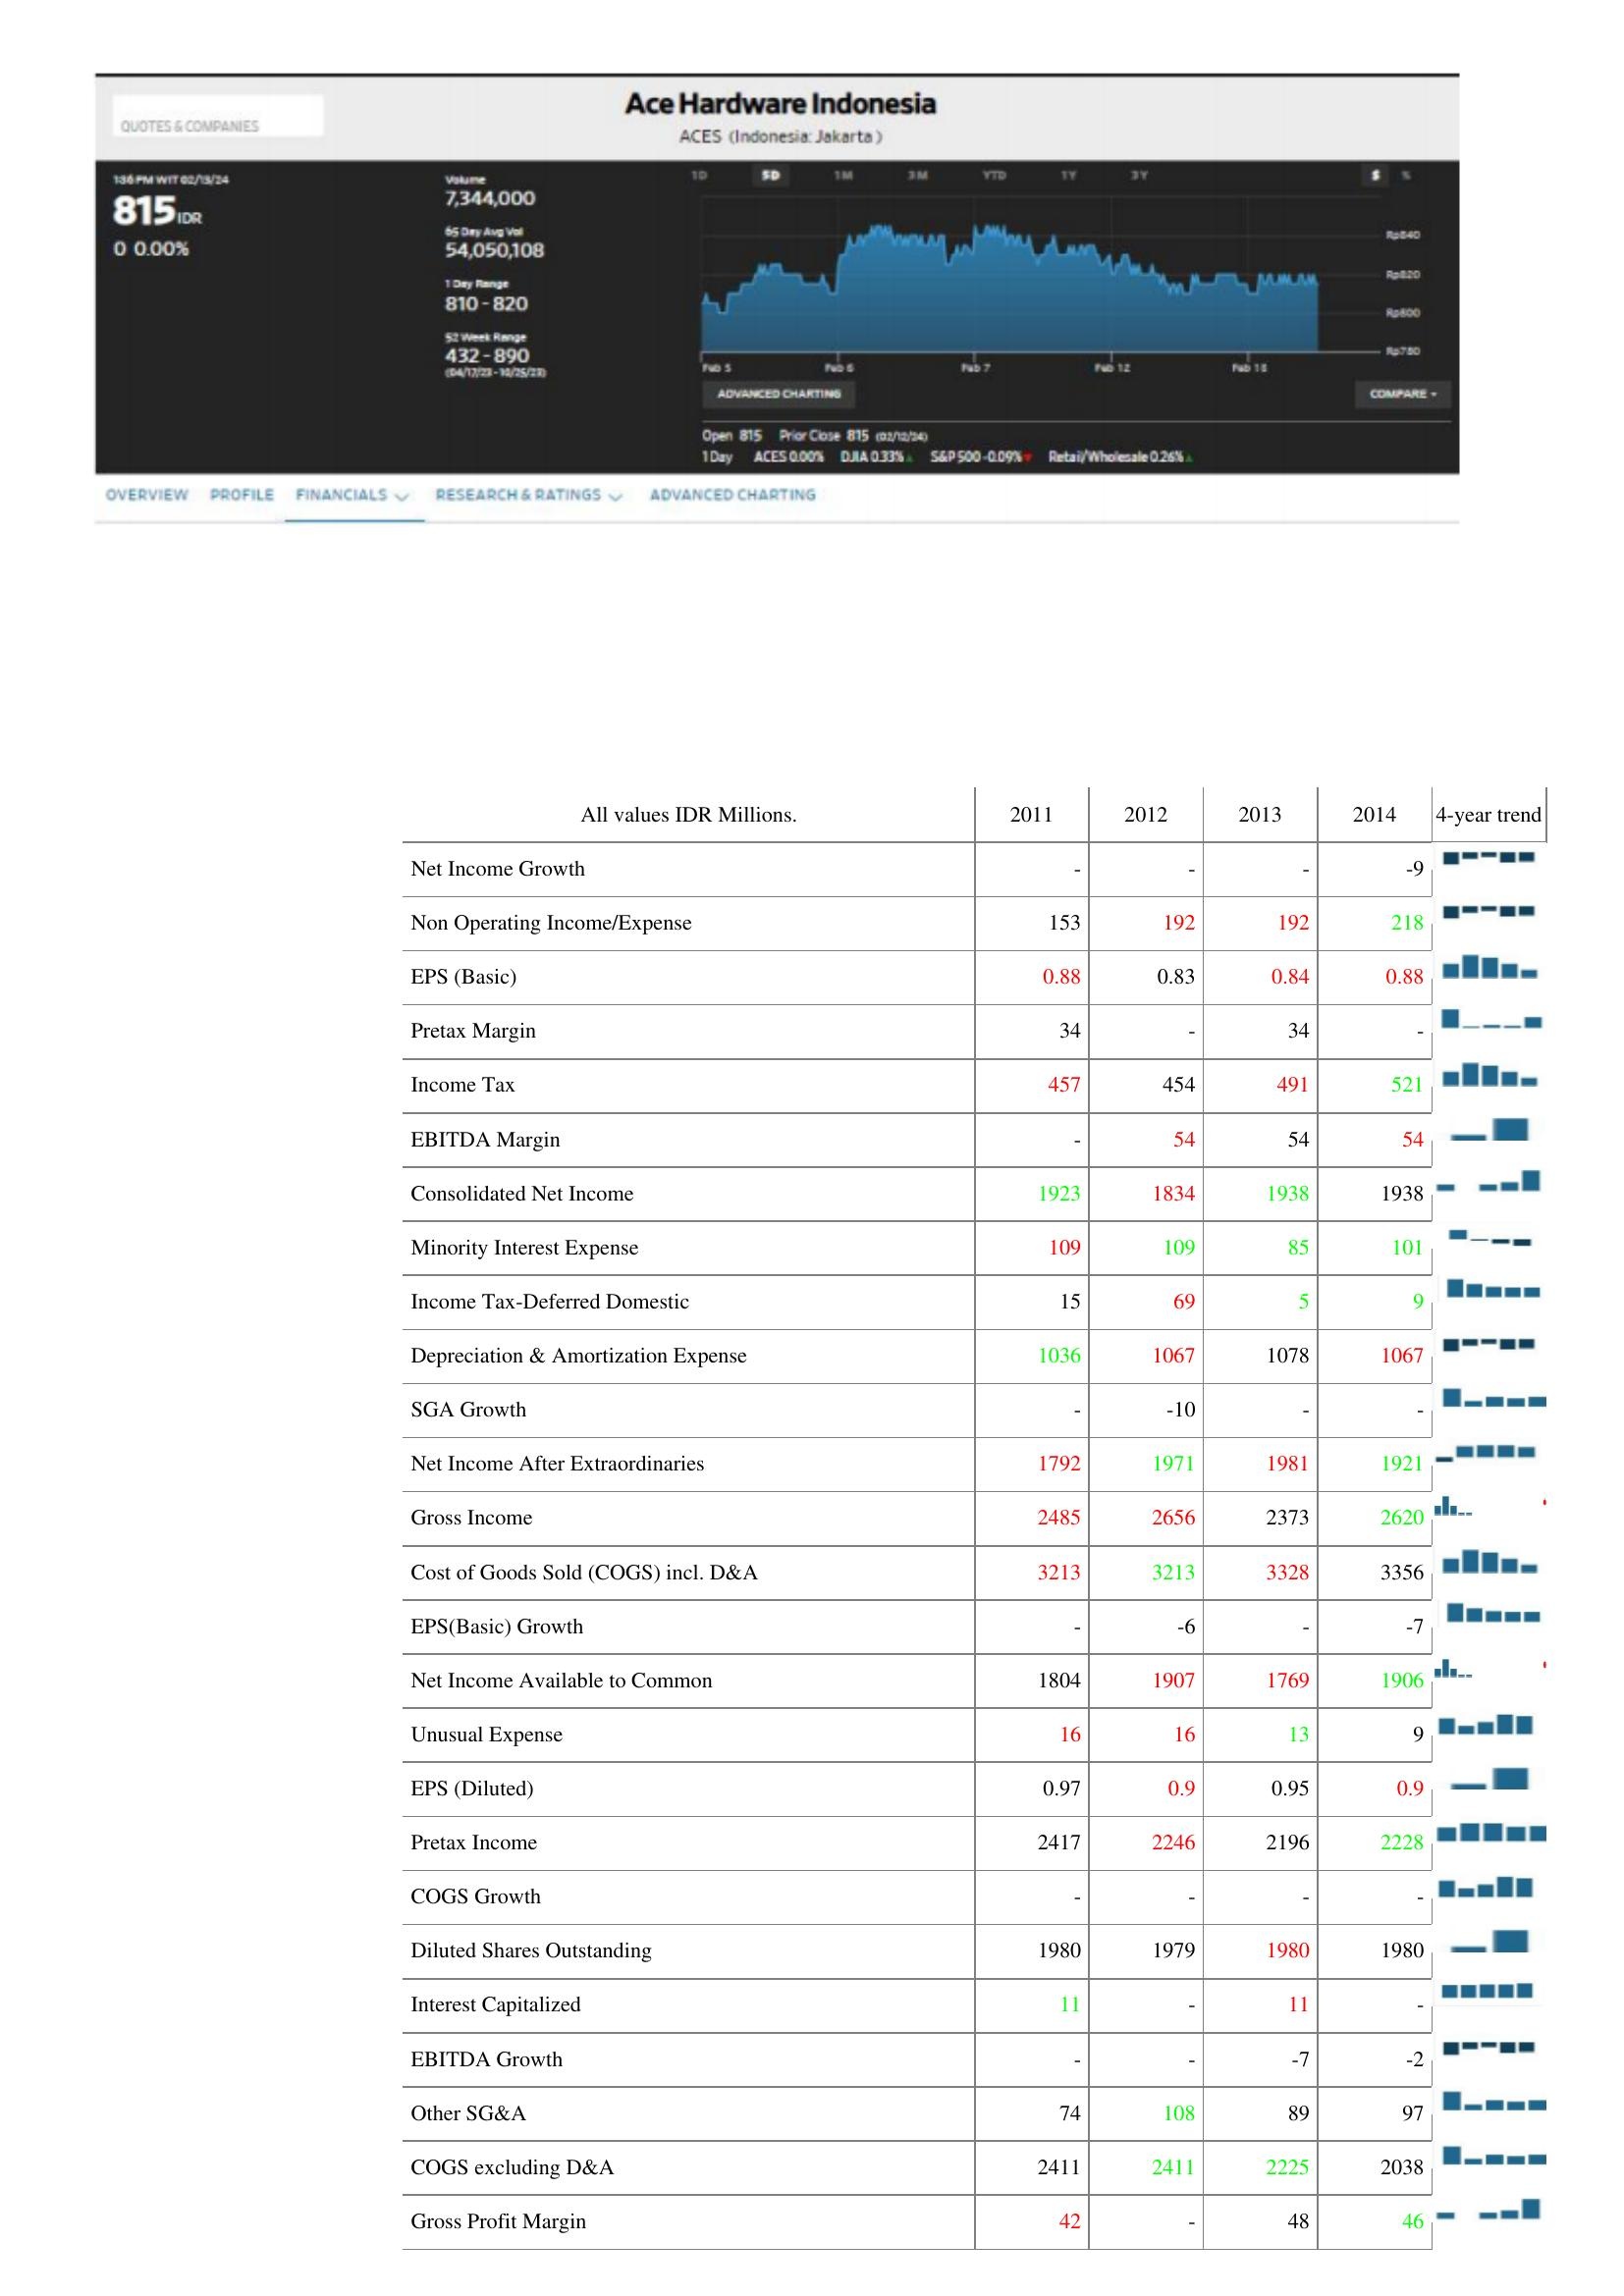
2011: : Net Income Growth: -
Non Operating Income/Expense: 153
EPS (Basic): 0.88
Pretax Margin: 34
Income Tax: 457
EBITDA Margin: -
Consolidated Net Income: 1923
Minority Interest Expense: 109
Income Tax-Deferred Domestic: 15
Depreciation & Amortization Expense: 1036
SGA Growth: -
Net Income After Extraordinaries: 1792
Gross Income: 2485
Cost of Goods Sold (COGS) incl. D&A: 3213
EPS(Basic) Growth: -
Net Income Available to Common: 1804
Unusual Expense: 16
EPS (Diluted): 0.97
Pretax Income: 2417
COGS Growth: -
Diluted Shares Outstanding: 1980
Interest Capitalized: 11
EBITDA Growth: -
Other SG&A: 74
COGS excluding D&A: 2411
Gross Profit Margin: 42
2012: : Net Income Growth: -
Non Operating Income/Expense: 192
EPS (Basic): 0.83
Pretax Margin: -
Income Tax: 454
EBITDA Margin: 54
Consolidated Net Income: 1834
Minority Interest Expense: 109
Income Tax-Deferred Domestic: 69
Depreciation & Amortization Expense: 1067
SGA Growth: -10
Net Income After Extraordinaries: 1971
Gross Income: 2656
Cost of Goods Sold (COGS) incl. D&A: 3213
EPS(Basic) Growth: -6
Net Income Available to Common: 1907
Unusual Expense: 16
EPS (Diluted): 0.9
Pretax Income: 2246
COGS Growth: -
Diluted Shares Outstanding: 1979
Interest Capitalized: -
EBITDA Growth: -
Other SG&A: 108
COGS excluding D&A: 2411
Gross Profit Margin: -
2013: : Net Income Growth: -
Non Operating Income/Expense: 192
EPS (Basic): 0.84
Pretax Margin: 34
Income Tax: 491
EBITDA Margin: 54
Consolidated Net Income: 1938
Minority Interest Expense: 85
Income Tax-Deferred Domestic: 5
Depreciation & Amortization Expense: 1078
SGA Growth: -
Net Income After Extraordinaries: 1981
Gross Income: 2373
Cost of Goods Sold (COGS) incl. D&A: 3328
EPS(Basic) Growth: -
Net Income Available to Common: 1769
Unusual Expense: 13
EPS (Diluted): 0.95
Pretax Income: 2196
COGS Growth: -
Diluted Shares Outstanding: 1980
Interest Capitalized: 11
EBITDA Growth: -7
Other SG&A: 89
COGS excluding D&A: 2225
Gross Profit Margin: 48
2014: : Net Income Growth: -9
Non Operating Income/Expense: 218
EPS (Basic): 0.88
Pretax Margin: -
Income Tax: 521
EBITDA Margin: 54
Consolidated Net Income: 1938
Minority Interest Expense: 101
Income Tax-Deferred Domestic: 9
Depreciation & Amortization Expense: 1067
SGA Growth: -
Net Income After Extraordinaries: 1921
Gross Income: 2620
Cost of Goods Sold (COGS) incl. D&A: 3356
EPS(Basic) Growth: -7
Net Income Available to Common: 1906
Unusual Expense: 9
EPS (Diluted): 0.9
Pretax Income: 2228
COGS Growth: -
Diluted Shares Outstanding: 1980
Interest Capitalized: -
EBITDA Growth: -2
Other SG&A: 97
COGS excluding D&A: 2038
Gross Profit Margin: 46